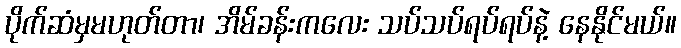
ပိုက်ဆံမှမဟုတ်တာ၊ အိမ်ခန်းကလေး သပ်သပ်ရပ်ရပ်နဲ့ နေနိုင်မယ်။